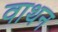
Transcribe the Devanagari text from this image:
वाथन